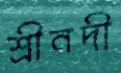
শ্রীনদী